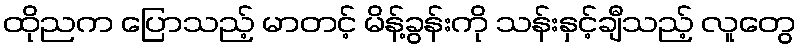
ထိုညက ပြောသည့် မာတင့် မိန့်ခွန်းကို သန်းနှင့်ချီသည့် လူတွေ